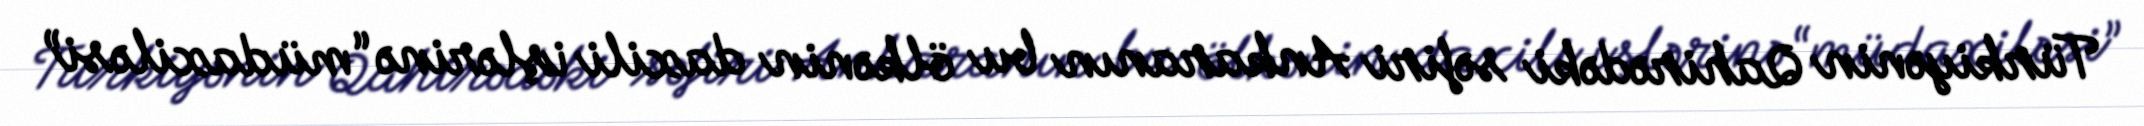
Türkiyənin Qahirədəki səfiri Ankaranın bu ölkənin daxili işlərinə “müdaxiləsi”